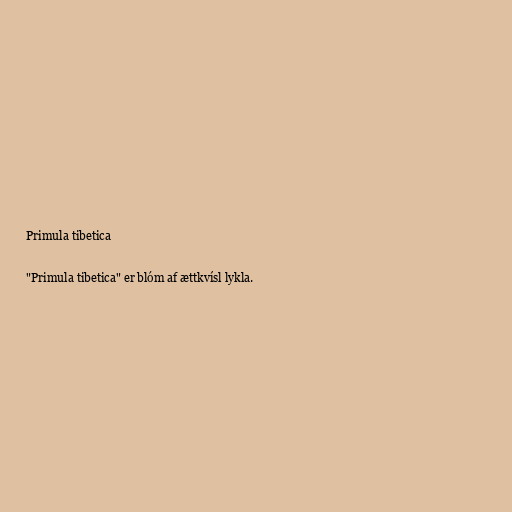
Primula tibetica

"Primula tibetica" er blóm af ættkvísl lykla.